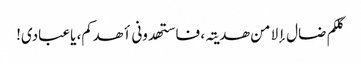
کلکم ضال إلا من ھدیتہ، فاستھدونی أھدکم، یاعبادی!